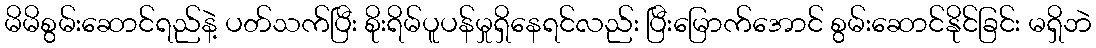
မိမိစွမ်းဆောင်ရည်နဲ့ ပတ်သက်ပြီး စိုးရိမ်ပူပန်မှုရှိနေရင်လည်း ပြီးမြောက်အောင် စွမ်းဆောင်နိုင်ခြင်း မရှိဘဲ